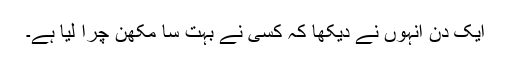
ایک دن انہوں نے دیکھا کہ کسی نے بہت سا مکھن چرا لیا ہے۔